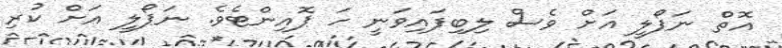
އޮތް ނަޕޯލީ އަށް ވެސް ލިބިފައިވަނީ ހަ ޕޮއިންޓެވެ. ނަޕޯލީ އަށް ކުރި